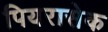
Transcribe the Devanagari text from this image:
पियरासेक